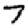
Digit: 7